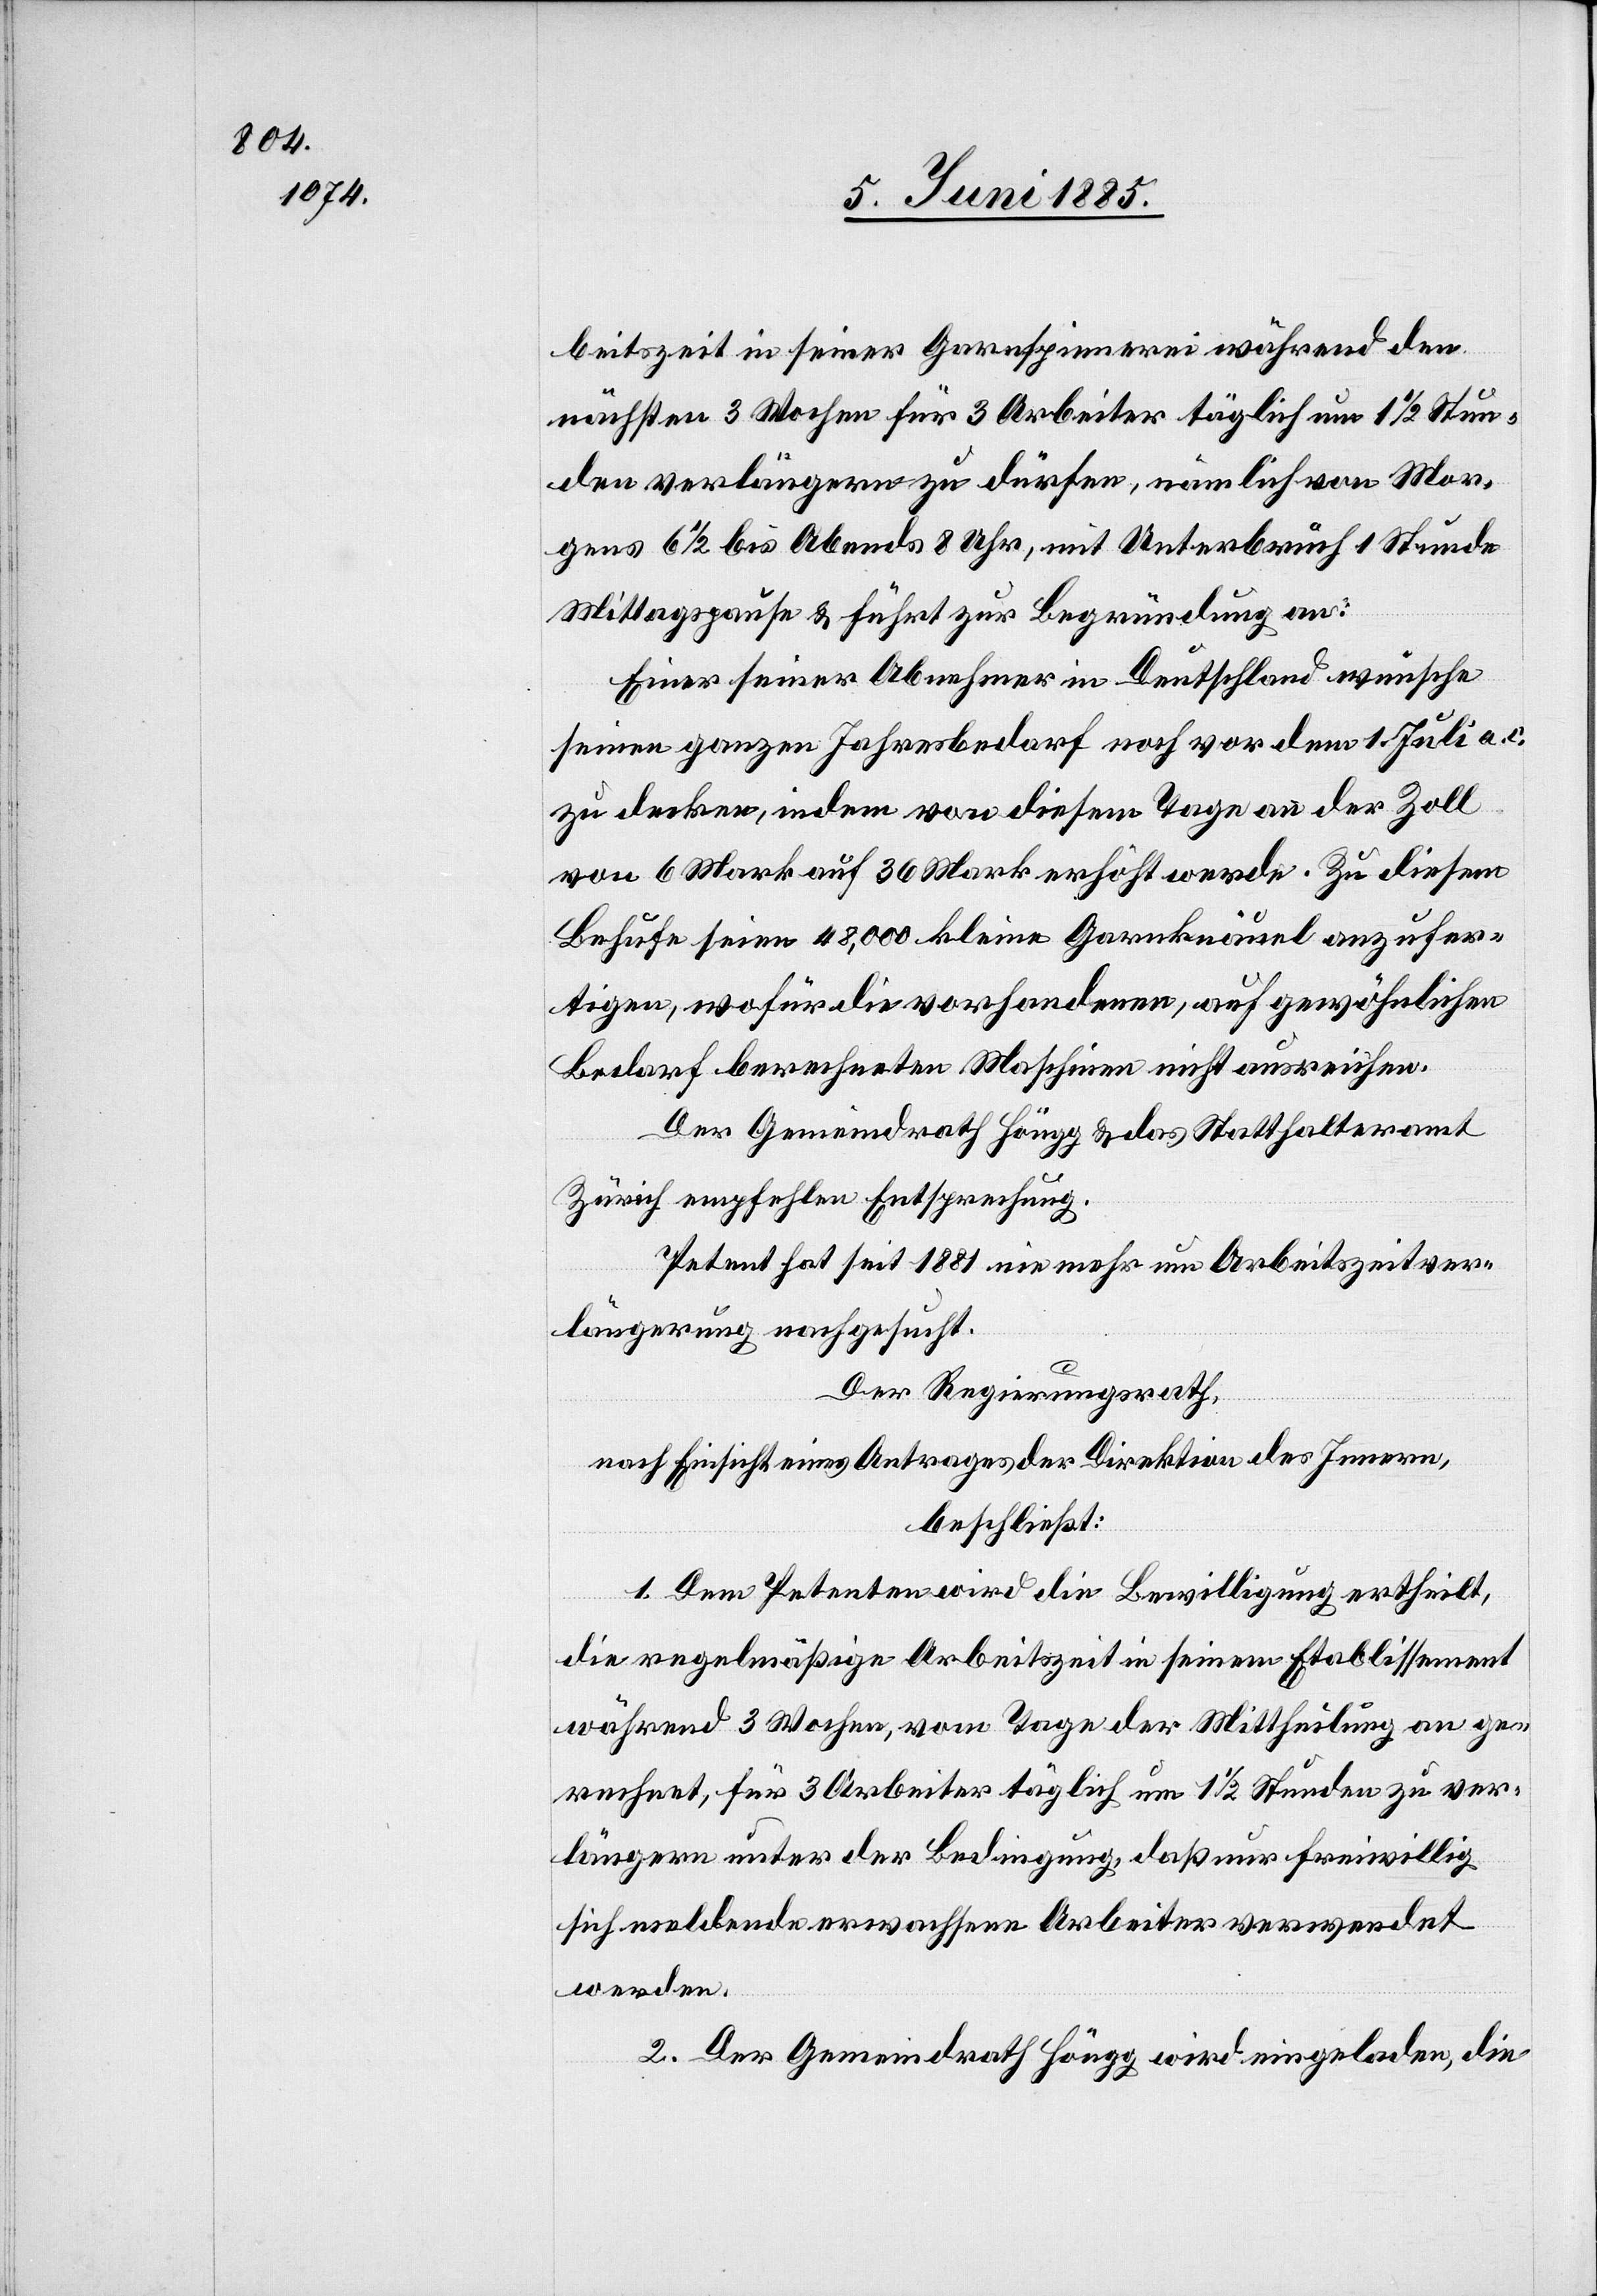
beitszeit in seiner Garnspinnerei während den
nächsten 3 Wochen für 3 Arbeiter täglich um 1 1/2 Stun¬
den verlängern zu dürfen, nämlich von Mor¬
gens 6 1/2 bis Abends 8 Uhr, mit Unterbruch 1 Stunde
Mittagspause & führt zur Begründung an:
Einer seiner Abnehmer in Deutschland wünsche
seinen ganzen Jahresbedarf noch vor dem 1. Juli a. c.
zu decken, indem von diesem Tage an der Zoll
von 6 Mark auf 36 Mark erhöht werde. Zu diesem
Behufe seien 48,000 kleine Garnknäuel anzufer¬
tigen, wofür die vorhandenen, auf gewöhnlichen
Bedarf berechneten Maschinen nicht ausreichen.
Der Gemeindrath Höngg & das Statthalteramt
Zürich empfehlen Entsprechung.
Petent hat seit 1881 nie mehr um Arbeitszeitver¬
längerung nachgesucht.
Der Regierungsrath,
nach Einsicht eines Antrages der Direktion des Innern,
beschließt:
1. Dem Petenten wird die Bewilligung ertheilt,
die regelmäßige Arbeitszeit in seinem Etablissement
während 3 Wochen, vom Tage der Mittheilung an ge¬
rechnet, für 3 Arbeiter täglich um 1 1/2 Stunden zu ver¬
längern unter der Bedingung, daß nur freiwillig
sich meldende erwachsene Arbeiter verwendet
werden.
2. Der Gemeindrath Höngg wird eingeladen, die